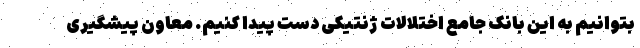
بتوانیم به این بانک جامع اختلالات ژنتیکی دست پیدا کنیم. معاون پیشگیری